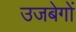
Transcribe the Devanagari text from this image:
उजबेगों